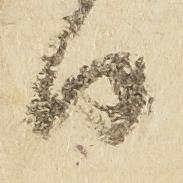
日